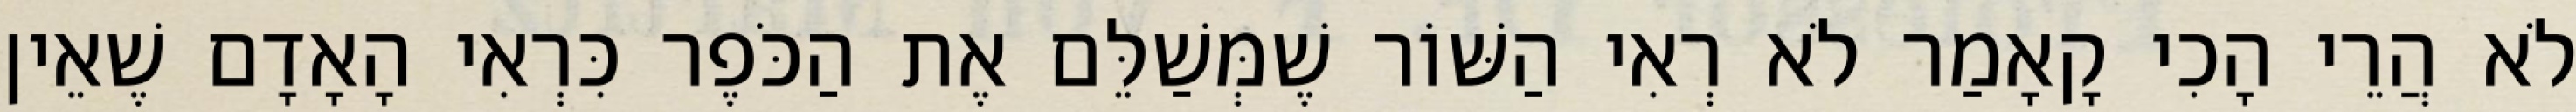
לֹא הֲרֵי הָכִי קָאָמַר לֹא רְאִי הַשּׁוֹר שֶׁמְּשַׁלֵּם אֶת הַכֹּפֶר כִּרְאִי הָאָדָם שֶׁאֵין